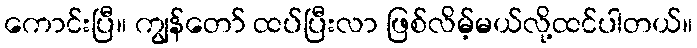
ကောင်းပြီ။ ကျွန်တော် ထပ်ပြီးလာ ဖြစ်လိမ့်မယ်လို့ထင်ပါတယ်။